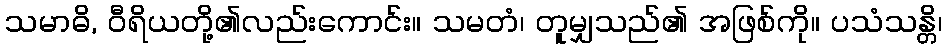
သမာဓိ, ဝီရိယတို့၏လည်းကောင်း။ သမတံ၊ တူမျှသည်၏ အဖြစ်ကို။ ပသံသန္တိ၊